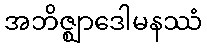
အဘိဇ္ဈာဒေါမနဿံ